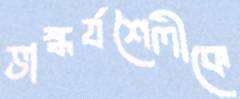
ভাস্কর্যশৈলীকে